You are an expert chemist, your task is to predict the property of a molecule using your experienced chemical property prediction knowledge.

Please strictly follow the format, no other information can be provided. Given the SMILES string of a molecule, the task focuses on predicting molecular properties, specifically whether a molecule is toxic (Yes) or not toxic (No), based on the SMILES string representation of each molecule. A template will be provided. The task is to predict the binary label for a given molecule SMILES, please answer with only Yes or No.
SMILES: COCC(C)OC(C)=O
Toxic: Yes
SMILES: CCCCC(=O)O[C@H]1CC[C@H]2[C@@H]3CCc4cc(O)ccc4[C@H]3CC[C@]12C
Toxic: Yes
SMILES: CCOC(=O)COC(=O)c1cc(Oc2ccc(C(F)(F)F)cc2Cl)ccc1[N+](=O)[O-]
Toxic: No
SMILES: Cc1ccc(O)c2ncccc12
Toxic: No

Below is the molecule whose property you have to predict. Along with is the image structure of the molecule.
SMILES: C=C(C)C(=O)OCCO
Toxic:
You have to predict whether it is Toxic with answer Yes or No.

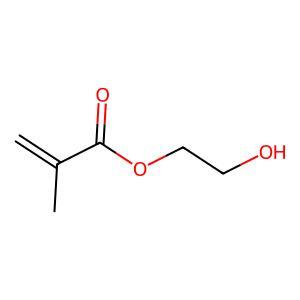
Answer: No